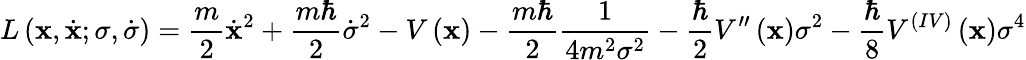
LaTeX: L\left(\mathbf{x},\dot{{\mathbf{x}}};\sigma,\dot{{\sigma}}\right)=\frac{{m}}{{2}}\dot{{\mathbf{x}}}^{2}+\frac{{m\hbar}}{{2}}\dot{{\sigma}}^{2}-V\left(\mathbf{x}\right)-\frac{{m\hbar}}{{2}}\frac{{1}}{{4m^{2}\sigma^{2}}}-\frac{{\hbar}}{{2}}V^{\prime\prime}\left(\mathbf{x}\right)\sigma^{2}-\frac{{\hbar}}{{8}}V^{(IV)}\left(\mathbf{x}\right)\sigma^{4}